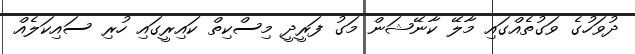
ދުވަހުގެ ވަގުތެއްގައި މާލޭ ކާނޭޝަން މަގު ފަރީދީ މިސްކިތް ކައިރީގައި ހުރި ސައިކަލެއް